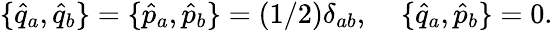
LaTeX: \{ \hat{q}_{a},\hat{q}_{b}\} =\{ \hat{p}_{a},\hat{p}_{b}\} =(1/2)\delta_{ab},\; \; \; \; \{ \hat{q}_{a},\hat{p}_{b}\} =0.